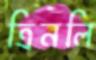
ত্রিনলি